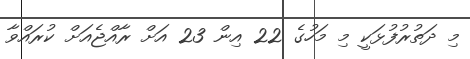
މި ދަތުރުފުޅަކީ މި މަހުގެ 22 އިން 23 އަށް ރާއްޖެއަށް ކުރައްވާ